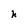
Character: h